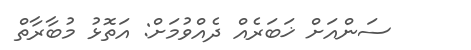
ސަންއަށް ޚަބަރެއް ދެއްވުމަށް: އަތޮޅު މުބާރާތް